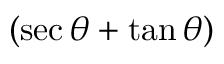
( \sec \theta + \tan \theta )